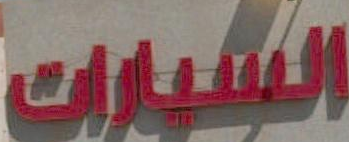
السيارات